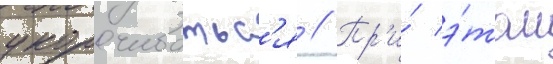
укорачиватьс'я // Пр'и́ э́том